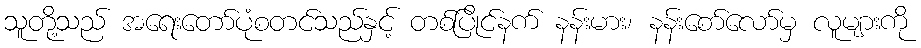
သူတို့သည် အရေးတော်ပုံစတင်သည်နှင့် တစ်ပြိုင်နက် နန်းမား၊ နန်းစော်လော်မှ လူများကို